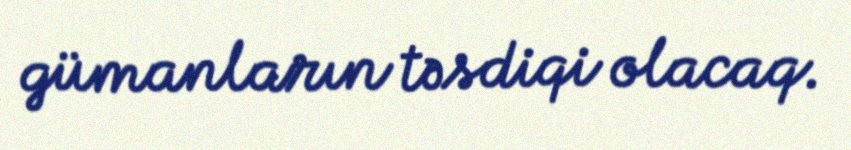
gümanların təsdiqi olacaq.